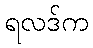
ရလဒ်က